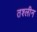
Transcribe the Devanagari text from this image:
तश्लीन